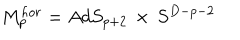
M _ { p } ^ { h o r } = A d S _ { p + 2 } \, \times \, S ^ { D - p - 2 }